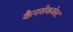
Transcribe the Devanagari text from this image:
कैनसेकवेस्ट